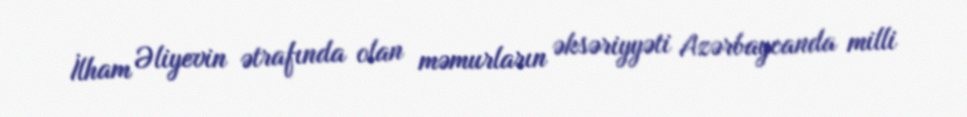
İlham Əliyevin ətrafında olan məmurların əksəriyyəti Azərbaycanda milli